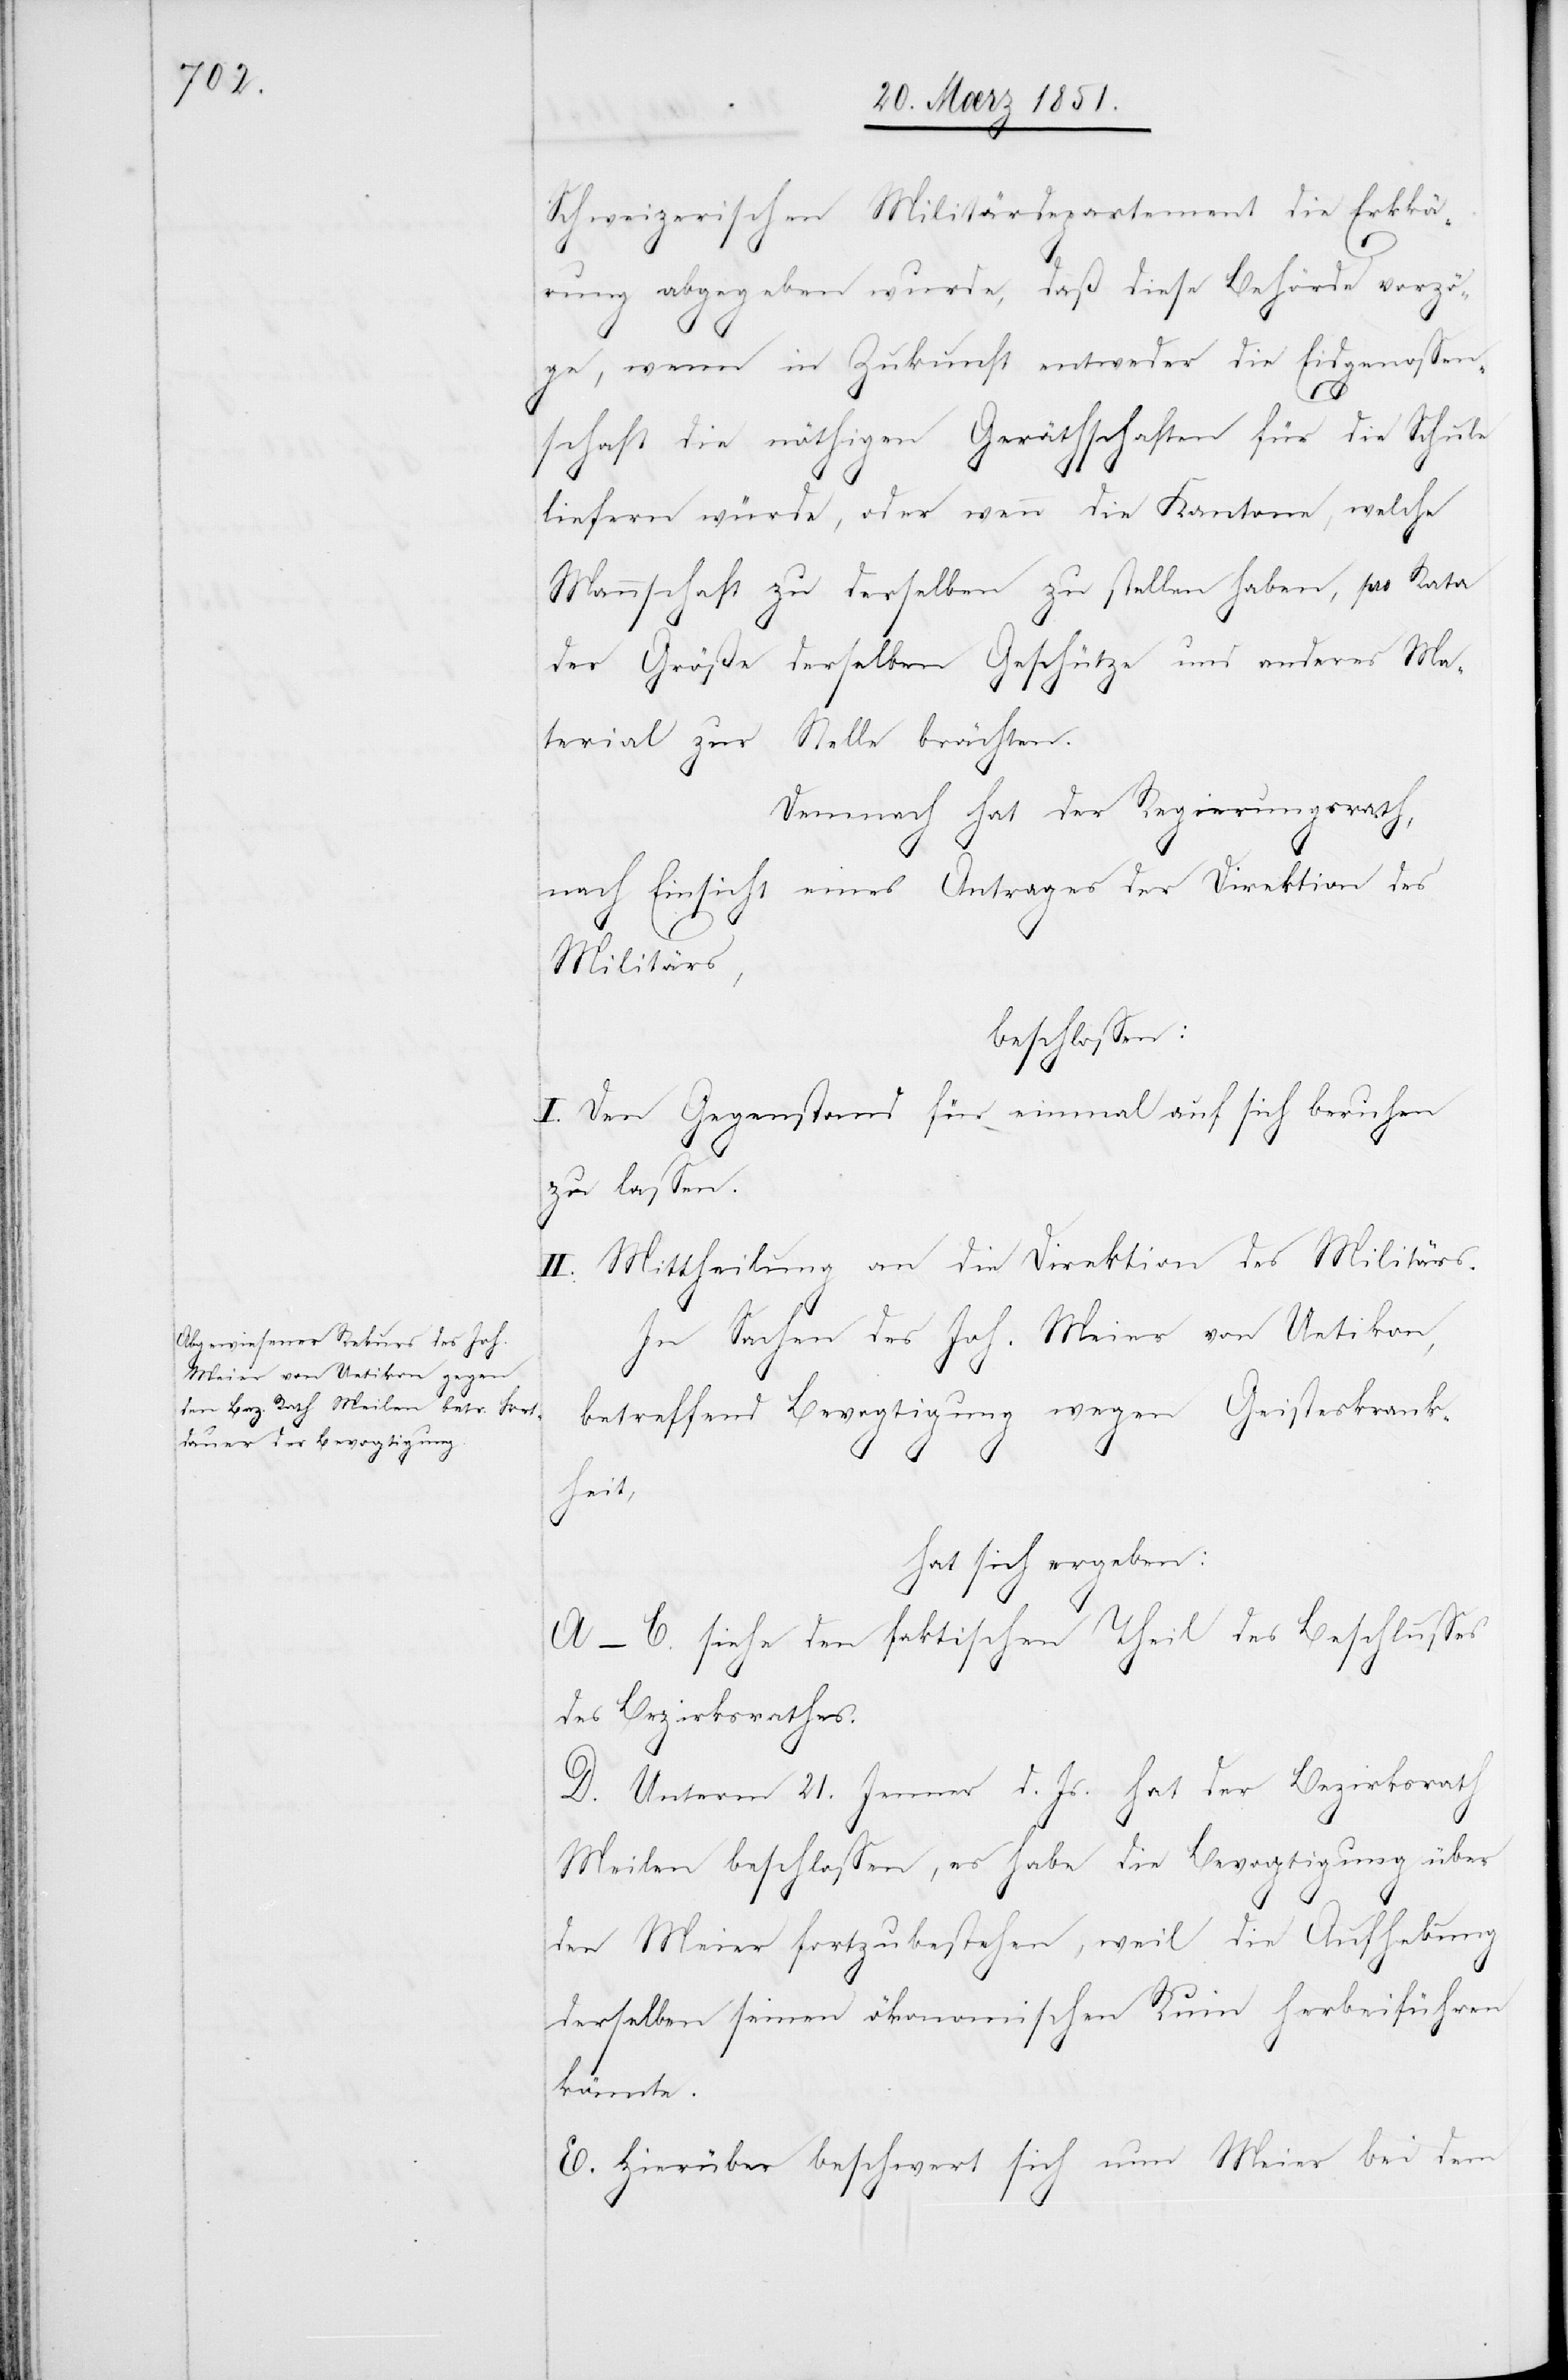
Schweizerischen Militärdepartement die Erklä¬
rung abgegeben wurde, daß diese Behörde vorzö¬
ge, wenn in Zukunft entweder die Eidgenossen¬
schaft die nöthigen Geräthschaften für die Schule
liefern würde, oder wenn die Kantone, welche
Mannschaft zu derselben zu stellen haben, pro Rata
der Größe derselben Geschütze und anderes Ma¬
terial zur Stelle brächten.
Demnach hat der Regierungsrath,
nach Einsicht eines Antrages der Direktion des
Militärs,
beschlossen:
I. Den Gegenstand für einmal auf sich beruhen
zu lassen.
II. Mittheilung an die Direktion des Militärs.
In Sachen des Joh. Meier von Uetikon,
betreffend Bevogtigung wegen Geisteskrank¬
heit,
hat sich ergeben:
A–C. siehe den faktischen Theil des Beschlusses
des Bezirksrathes.
D. Unterm 21. Jenner d. Js. hat der Bezirksrath
Meilen beschlossen, es habe die Bevogtigung über
den Meier fortzubestehen, weil die Aufhebung
derselben seinen ökonomischen Ruin herbeiführen
könnte.
E. Hierüber beschwert sich nun Meier bei dem